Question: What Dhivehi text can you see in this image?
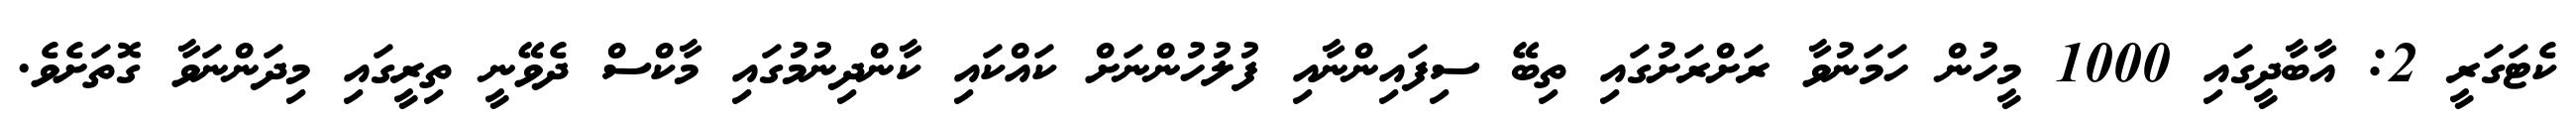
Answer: ކެޓަގަރީ 2: އާބާދީގައި 1000 މީހުން ހަމަނުވާ ރަށްރަށުގައި ތިބޭ ސިފައިންނާއި ފުލުހުންނަށް ކައްކައި ކާންދިނުމުގައި މާކްސް ދެވޭނީ ތިރީގައި މިދަންނަވާ ގޮތަށެވެ.